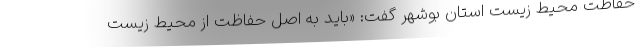
حفاظت محیط زیست استان بوشهر گفت: «باید به اصل حفاظت از محیط زیست